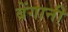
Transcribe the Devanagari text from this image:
बेंगानी